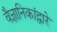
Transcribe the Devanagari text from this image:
वैज्ञानिकांद्वारे